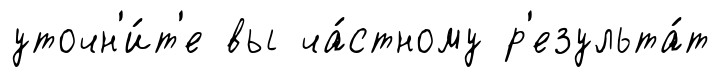
уточн'и́т'е вы ча́стному р'езульта́т